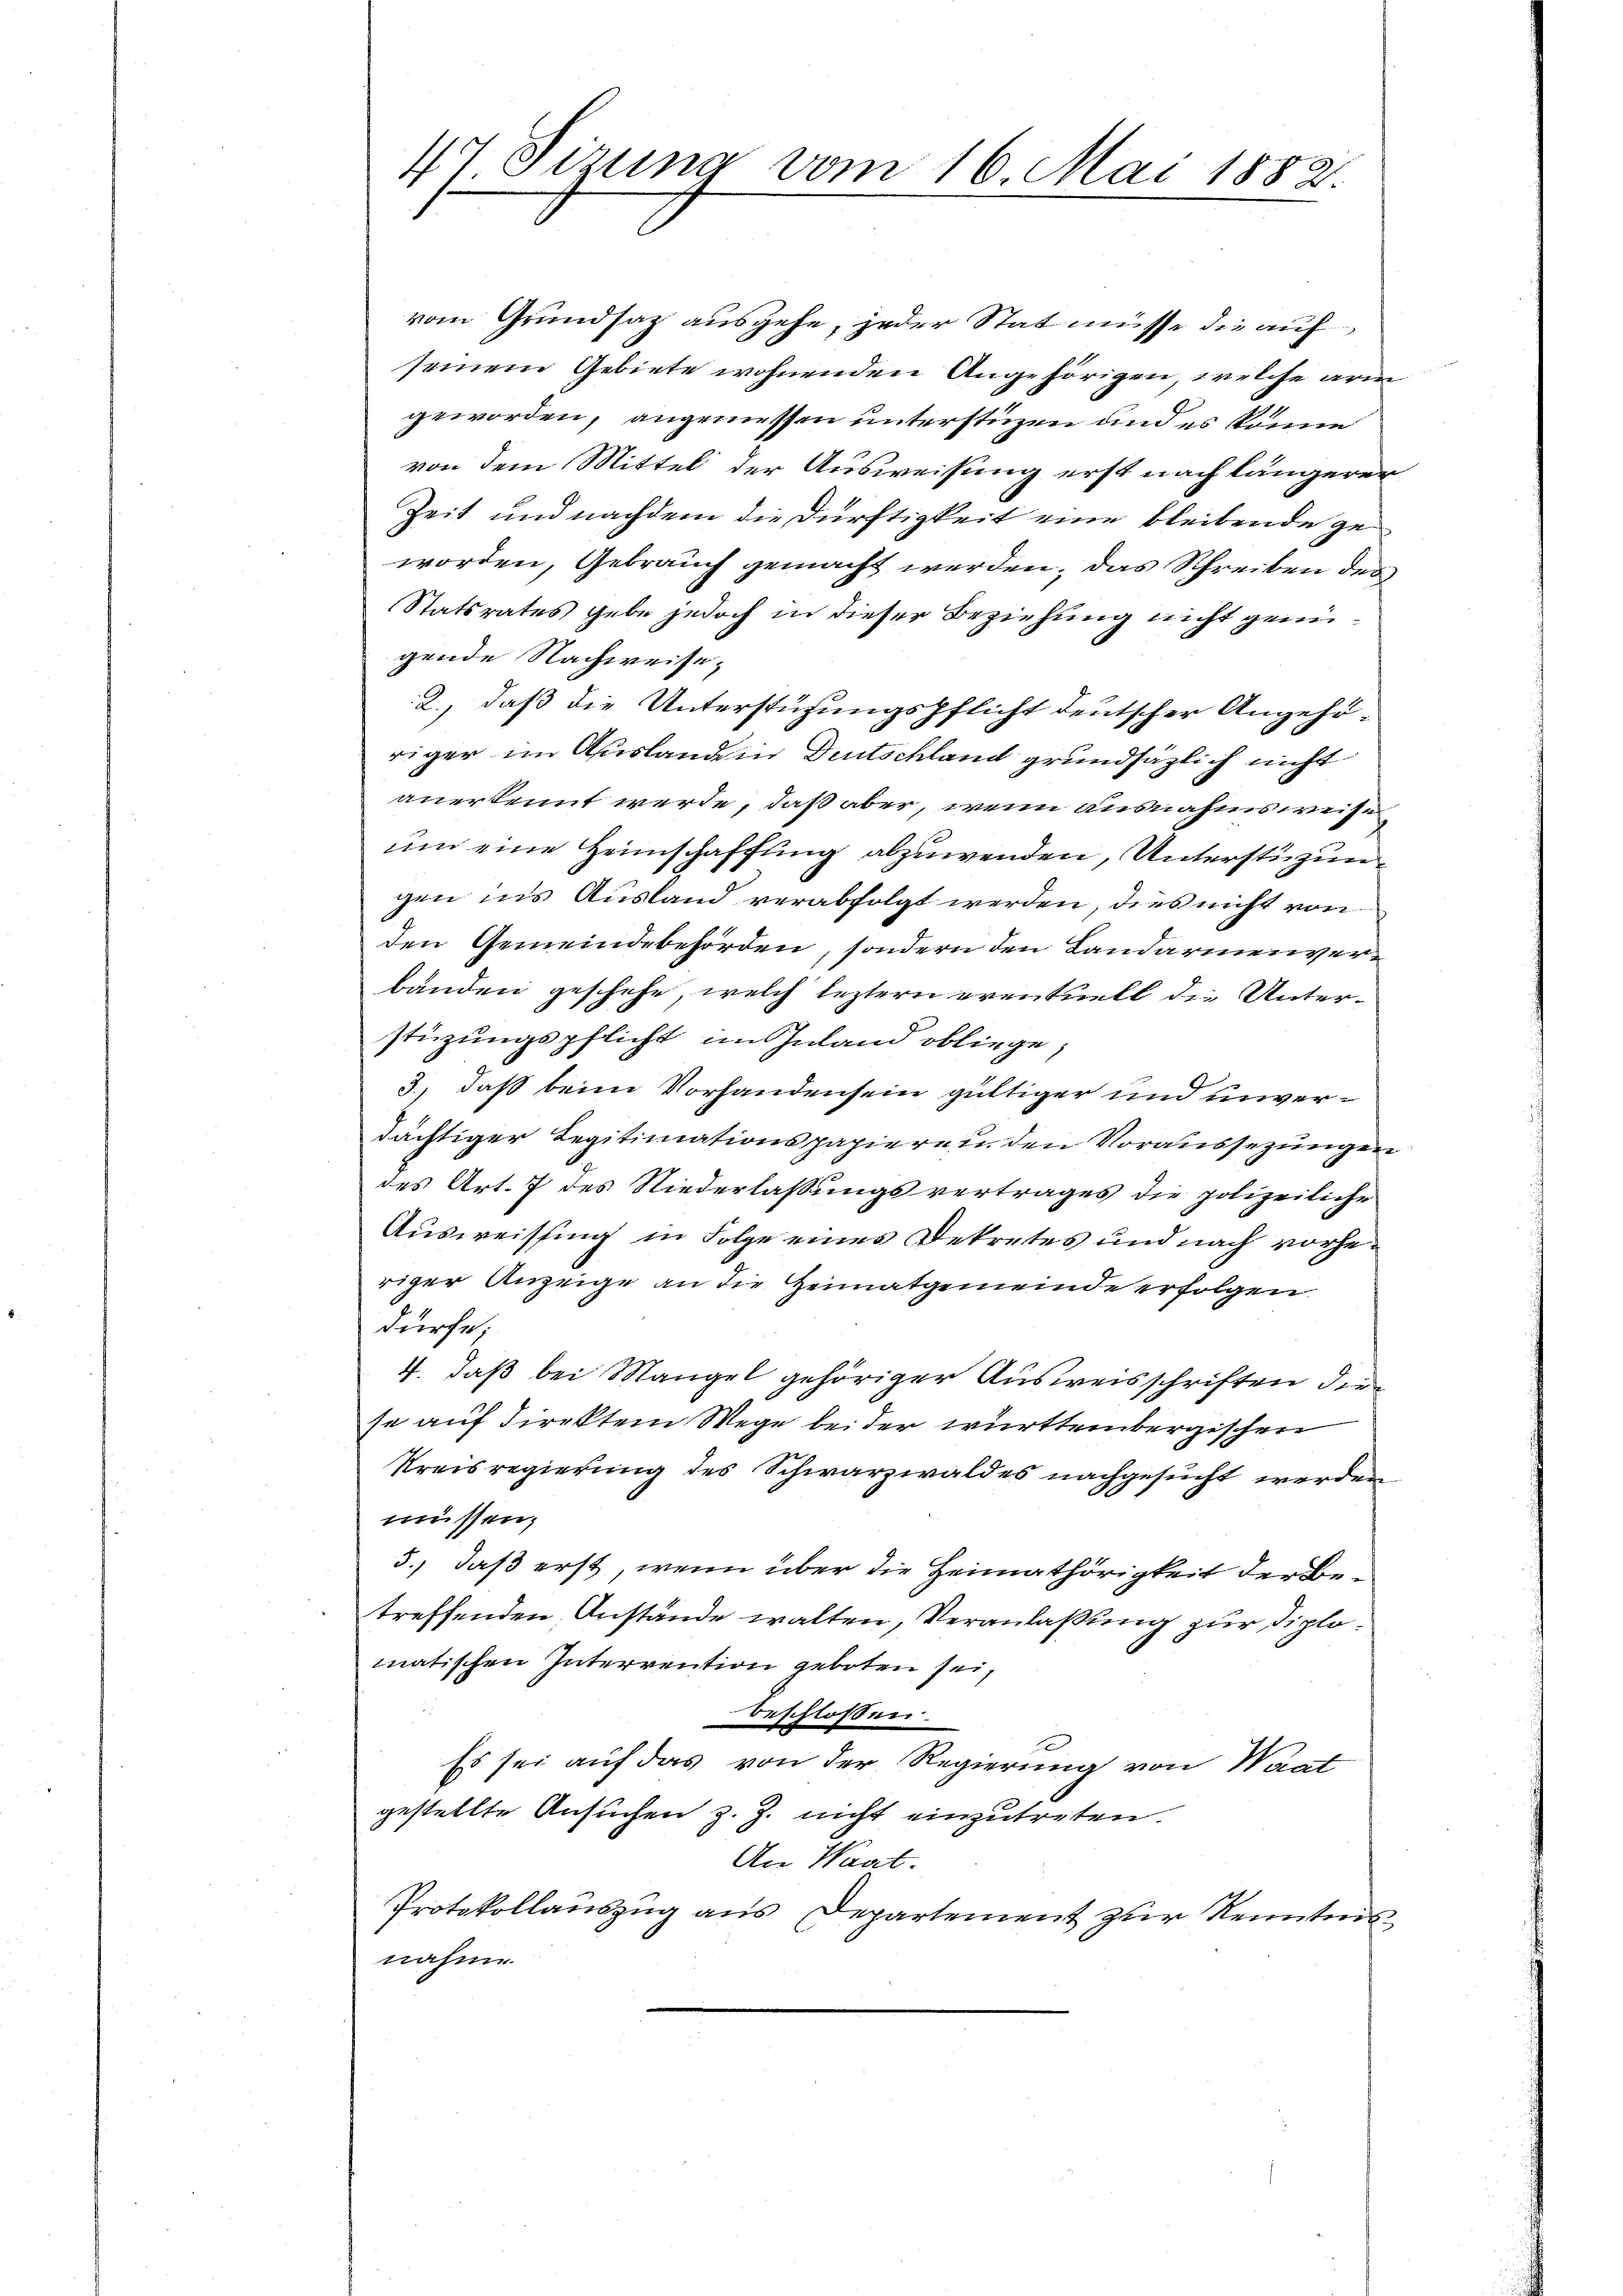
47 Sizung vom 16. Mai 1882

vom Grundsatz ausgehe, jeder Stat müsse die auf
seinem Gebiete wohnenden Angehörigen, welche arm
geworden, angemessen unterstüzen und es könne
von dem Mittel der Ausweisung erst nach längerer
Zeit und nachdem die Dürftigkeit eine bleibende geworden, Gebrauch gemacht werden, das Schreiben des
Statsrates gebe jedoch in dieser Beziehung nicht genügende Nachweise,
2., daß die Unterstüzungspflicht deutscher Angehöriger im Auslanden Deutschland grundsätzlich nicht
anerkennt werde, daß aber, wenn ausnahmsweise
um eine Heimschaffung abzuwenden, Unterstüzungen ins Ausland verabfolgt werden, dies nicht von
den Gemeindebehörden, sondern den Landarmenverbänden geschehe, welch leztern eventuell die Unterstüzungspflicht im Inland obliege,
3., daß beim Vorhandensein gültiger und unverdächtiger Legitimationspapiere u. den Voraussezungen
des Art. 7 des Niederlassungsvertrages die polizeiliche
Ausweissing in Folge eines Dekretes und nach vorheriger Anzeige an die Heimatgemeinde erfolgen.
dürfe;
4. daß bei Mangel gehöriger Ausweisschriften die
se auf direkten Wege bei der württembergischen
Kreisregierung des Schwarzwaldes nachgesucht werden
müssen;
5.) daß erst, wenn über die Heimathörigkeit der Betreffenden Anstände walten, Veranlaßung zur Diplomatischen Interrention geboten sei,
beschlossen.
Es sei auf das von der Regierung von Waat
gestellte Ansuchen z. Z. nicht einzutreten.
An Wart.
Protokollauszug aus Departement zur Kenntnis
nahme.